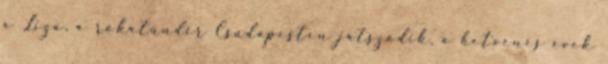
a Liza, a rókatündér Csudapesten játszódik, a hetvenes évek